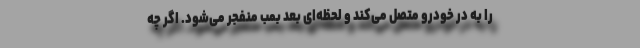
را به در خودرو متصل می‌کند و لحظه‌ای بعد بمب منفجر می‌شود. اگر چه